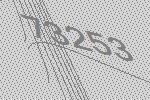
73253